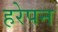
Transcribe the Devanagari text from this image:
हरेपन